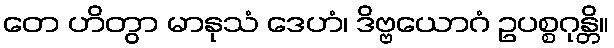
တေ ဟိတွာ မာနုသံ ဒေဟံ၊ ဒိဗ္ဗယောဂံ ဥပစ္စဂုန္တိ။